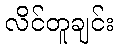
လိင်တူချင်း